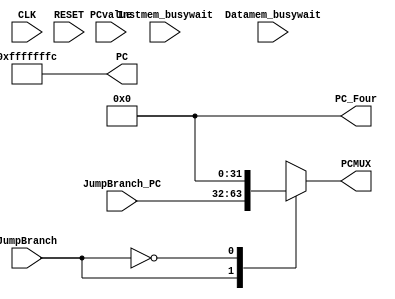
`timescale  1ns/100ps

module Instructionfetch (
    CLK,
    RESET,
    Instmem_busywait,
    Datamem_busywait,
    JumpBranch,
    PC,
    PC_Four,
    JumpBranch_PC,
    PCMUX,
    PCvalue
);

// defining the output reg 
output reg [31:0] PC, PC_Four, PCMUX;
// defining the input wires
input wire  CLK, RESET, Instmem_busywait, Datamem_busywait, JumpBranch;
input wire [31:0] JumpBranch_PC, PCvalue;

// defining the busywait signal
wire busywait;

// OR operation with busywait signal and store the value to the busywait signal
or(busywait, Datamem_busywait, Instmem_busywait);

// when reset happen then PC-4
always @(RESET) begin
    PC = -4;
end

// IF pc SIGNAL CHANGE THEN THE pc +4
always @(PC) begin
    #2
    PC_Four = PC+4;
end

// selecting the output of the PCMUX according to the jumpbranch signals
always @(*)begin
    case (JumpBranch)
        1'b1:begin
            PCMUX =JumpBranch_PC;
        end
        1'b0:begin
            PCMUX = PC_Four;
        end
endcase
end

// checking whether the datamamemory is busy or not using ositive edge of the clock and busywait signal,
// if datamemory is not busy, then write PC
always @(posedge CLK) begin
    #2 
    if(busywait == 1'b0)begin
        PC = PCvalue;
    end
end

endmodule